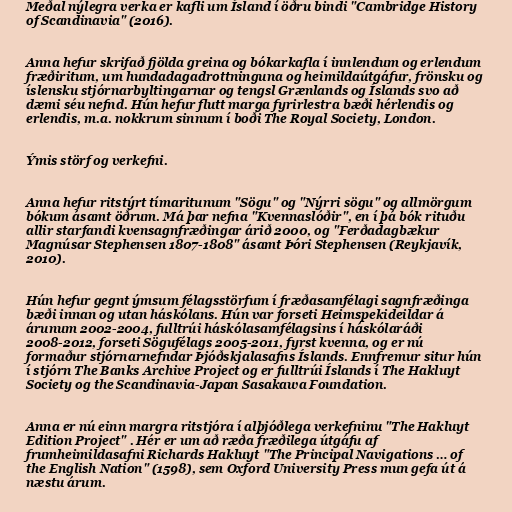
Meðal nýlegra verka er kafli um Ísland í öðru bindi "Cambridge History
of Scandinavia" (2016).

Anna hefur skrifað fjölda greina og bókarkafla í innlendum og erlendum
fræðiritum, um hundadagadrottninguna og heimildaútgáfur, frönsku og
íslensku stjórnarbyltingarnar og tengsl Grænlands og Íslands svo að
dæmi séu nefnd. Hún hefur flutt marga fyrirlestra bæði hérlendis og
erlendis, m.a. nokkrum sinnum í boði The Royal Society, London.

Ýmis störf og verkefni.

Anna hefur ritstýrt tímaritunum "Sögu" og "Nýrri sögu" og allmörgum
bókum ásamt öðrum. Má þar nefna "Kvennaslóðir", en í þá bók rituðu
allir starfandi kvensagnfræðingar árið 2000, og "Ferðadagbækur
Magnúsar Stephensen 1807-1808" ásamt Þóri Stephensen (Reykjavík,
2010).

Hún hefur gegnt ýmsum félagsstörfum í fræðasamfélagi sagnfræðinga
bæði innan og utan háskólans. Hún var forseti Heimspekideildar á
árunum 2002-2004, fulltrúi háskólasamfélagsins í háskólaráði
2008-2012, forseti Sögufélags 2005-2011, fyrst kvenna, og er nú
formaður stjórnarnefndar Þjóðskjalasafns Íslands. Ennfremur situr hún
í stjórn The Banks Archive Project og er fulltrúi Íslands í The Hakluyt
Society og the Scandinavia-Japan Sasakawa Foundation.

Anna er nú einn margra ritstjóra í alþjóðlega verkefninu "The Hakluyt
Edition Project" . Hér er um að ræða fræðilega útgáfu af
frumheimildasafni Richards Hakluyt "The Principal Navigations … of
the English Nation" (1598), sem Oxford University Press mun gefa út á
næstu árum.